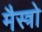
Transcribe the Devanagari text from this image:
मैस्त्रो